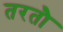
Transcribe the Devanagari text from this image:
तरतौ